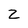
Character: z